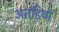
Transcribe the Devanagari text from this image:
अतड़ियां